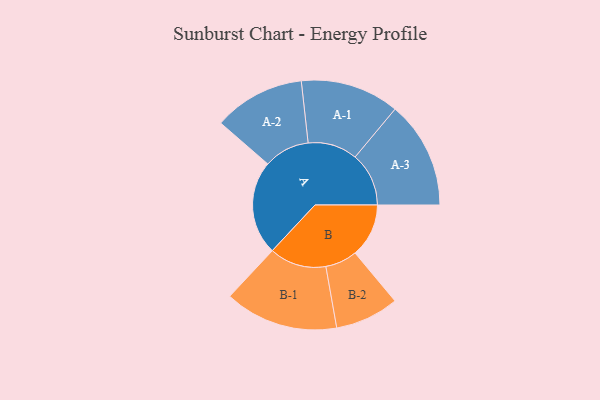
{"axis": {"x": "Segment", "y": "Value"}, "legend": ["", "A", "B"], "data": [{"x": "A", "y": 354, "type": ""}, {"x": "B", "y": 202, "type": ""}, {"x": "A-1", "y": 186, "type": "A"}, {"x": "A-2", "y": 172, "type": "A"}, {"x": "A-3", "y": 202, "type": "A"}, {"x": "B-1", "y": 214, "type": "B"}, {"x": "B-2", "y": 120, "type": "B"}]}